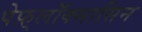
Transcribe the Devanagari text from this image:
पेफ़्लॉक्सासिन